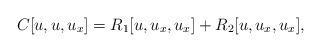
LaTeX: \begin{align*}C[u,u,u_x] = R_1[u,u_x,u_x] + R_2[u,u_x,u_x],\end{align*}